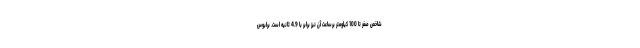
شاخص صفر تا 100 کیلومتر برساعت آن نیز برابر با 4.9 ثانیه است. برابوس